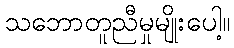
သဘောတူညီမှုမျိုးပေါ့။